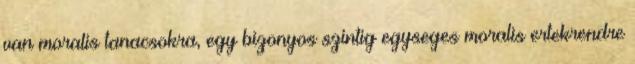
van moralis tanacsokra, egy bizonyos szintig egyseges moralis ertekrendre